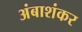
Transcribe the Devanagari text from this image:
अंबाशंकर